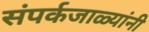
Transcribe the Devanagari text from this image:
संपर्कजाळ्यांनी